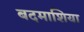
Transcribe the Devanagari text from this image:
बदमाशिया